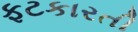
ફટકારતી